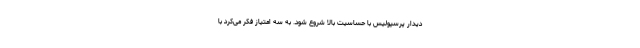
دیدار پرسپولیس با حساسیت بالا شروع شود. به سه امتیاز فکر می‌کرد با